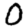
Digit: 0